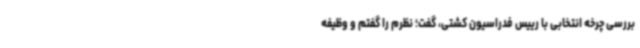
بررسی چرخه انتخابی با رییس فدراسیون کشتی، گفت؛ نظرم را گفتم و وظیفه‌